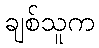
ချစ်သူက